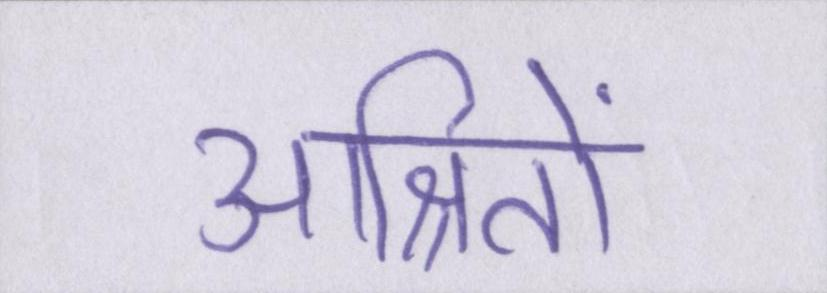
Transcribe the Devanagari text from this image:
आश्रितों